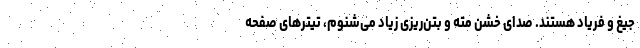
جیغ و فریاد هستند. صدای خشن مته و بتن‌ریزی زیاد می‌شنوم، تیترهای صفحه